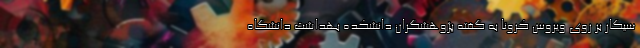
سیگار بر روی ویروس کرونا به گفته پژوهشگران دانشکده بهداشت دانشگاه